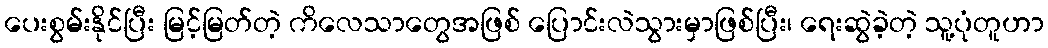
ပေးစွမ်းနိုင်ပြီး မြင့်မြတ်တဲ့ ကိလေသာတွေအဖြစ် ပြောင်းလဲသွားမှာဖြစ်ပြီး၊ ရေးဆွဲခဲ့တဲ့ သူ့ပုံတူဟာ